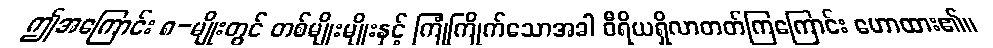
ဤအကြောင်း ၈-မျိုးတွင် တစ်မျိုးမျိုးနှင့် ကြုံကြိုက်သောအခါ ဝီရိယရှိလာတတ်ကြကြောင်း ဟောထား၏။